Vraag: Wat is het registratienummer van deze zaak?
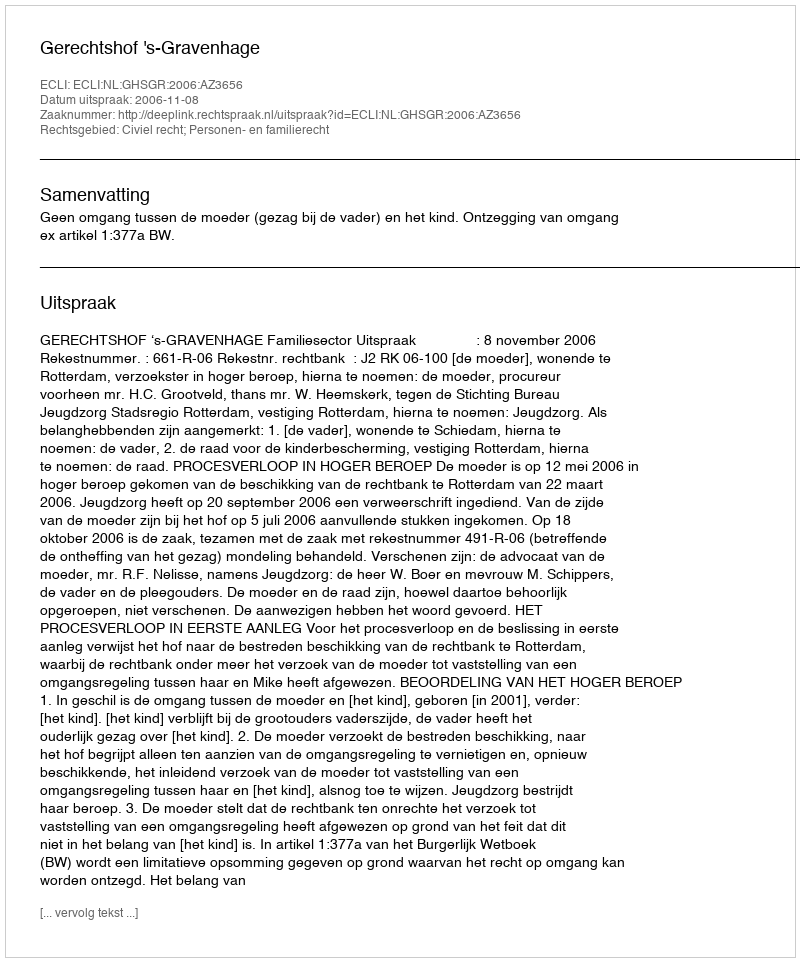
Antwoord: http://deeplink.rechtspraak.nl/uitspraak?id=ECLI:NL:GHSGR:2006:AZ3656